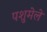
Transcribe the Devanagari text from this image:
पशुमेले